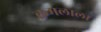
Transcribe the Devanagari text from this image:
कमलाला